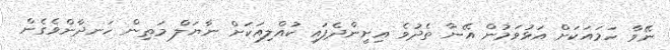
ނޭވާ ހަމައަކަށް އަޅުވަމުން އޭނާ ތެދުވެ އިށީންދެފައި ކުއްލިއަކަށް ނާޔަލް މަތިން ހަނދާންވެގެން